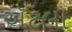
ઍટલા